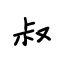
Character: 叔